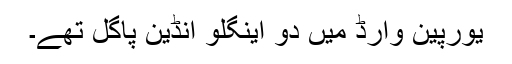
یورپین وارڈ میں دو اینگلو انڈین پاگل تھے۔